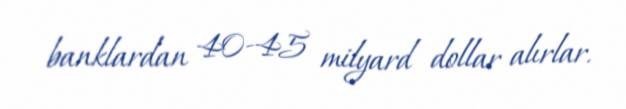
banklardan 40-45 milyard dollar alırlar.